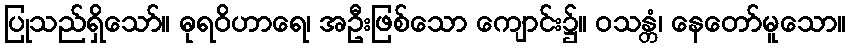
ပြုသည်ရှိသော်။ ဓုရဝိဟာရေ၊ အဦးဖြစ်သော ကျောင်း၌။ ဝသန္တံ၊ နေတော်မူသော။